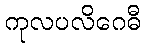
ကုလပလိဂေဓီ